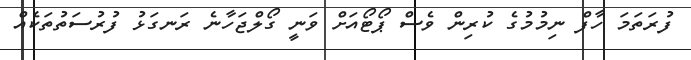
ފުރަތަމަ ހާފް ނިމުމުގެ ކުރިން ވެސް ޕޯޓޯއަށް ވަނީ ގޯލްޖަހާނެ ރަނގަޅު ފުރުސަތުތަކެއް